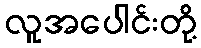
လူအပေါင်းတို့